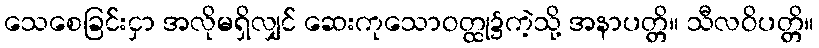
သေစေခြင်းငှာ အလိုမရှိလျှင် ဆေးကုသောဝတ္ထု၌ကဲ့သို့ အနာပတ္တိ။ သီလဝိပတ္တိ။